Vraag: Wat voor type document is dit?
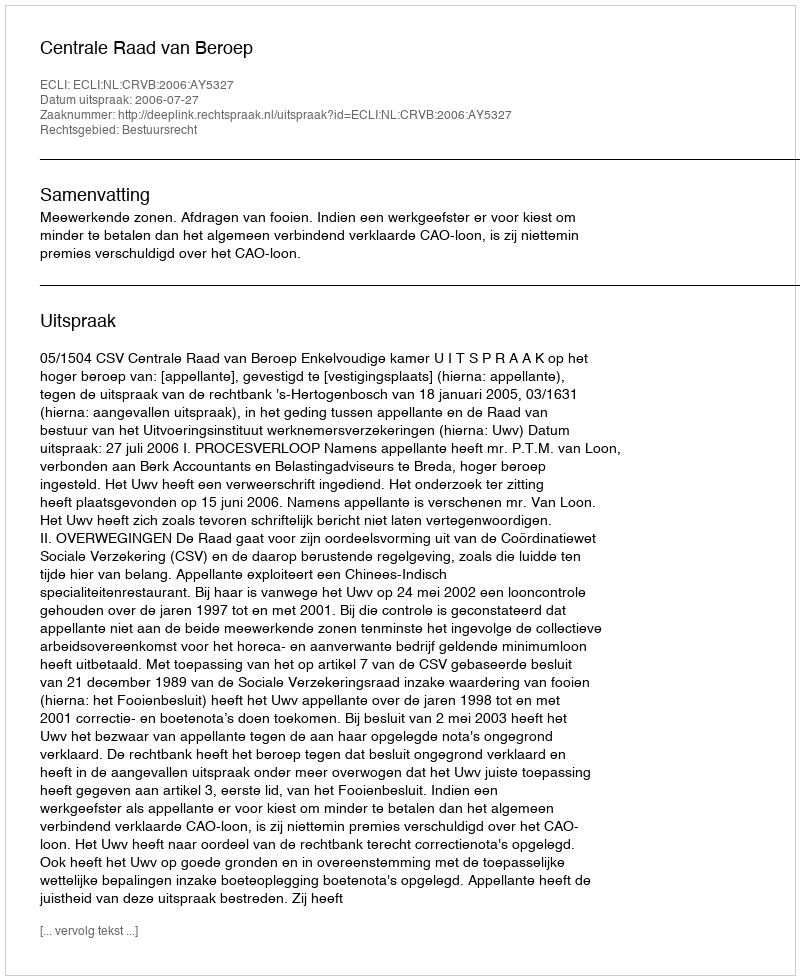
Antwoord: Uitspraak